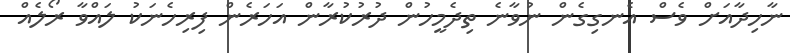
ނާހިދާއަށް ވެސް އެނގިގެން ނުވާނެ ތިދެމީހުން ދުރުކުރާން އަހަރެން ފިރިހެނަކު ލައްވާ ރޯލެއް